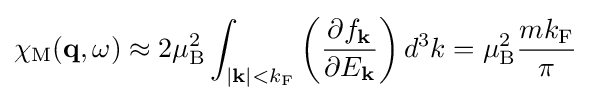
\chi _{\mathrm {M} }(\mathbf {q} ,\omega )\approx 2\mu _{\mathrm {B} }^{2}\int _{|\mathbf {k} |<k_{\mathrm {F} }}\left({\frac {\partial f_{\mathbf {k} }}{\partial E_{\mathbf {k} }}}\right)d^{3}k=\mu _{\mathrm {B} }^{2}{\frac {mk_{\mathrm {F} }}{\pi }}